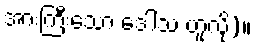
အားကြီးသော ဒေါသ ဟူလို)။